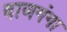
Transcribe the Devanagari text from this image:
वाणगंगा